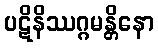
ပဋိနိဿဂ္ဂမန္တိနော